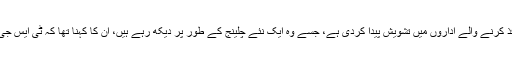
پولیس افسر کا کہنا تھا کہ ابھرتے ہوئے ٹی ایس جی نے قانون نافذ کرنے والے اداروں میں تشویش پیدا کردی ہے، جسے وہ ایک نئے چلینج کے طور پر دیکھ رہے ہیں، ان کا کہنا تھا کہ ٹی ایس جی کمانڈوز کو بڑے اور مہلک حملوں کے لیے تربیت دی گئی ہے۔